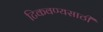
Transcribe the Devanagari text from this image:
टिकवण्यसाठी